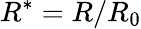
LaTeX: {R^{*}}=R/{R_{0}}